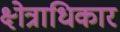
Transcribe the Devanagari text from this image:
क्ष्‍ोत्राधिकार